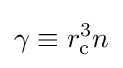
\gamma \equiv r_{\mathrm {c} }^{3}n